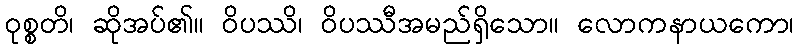
ဝုစ္စတိ၊ ဆိုအပ်၏။ ဝိပဿိ၊ ဝိပဿီအမည်ရှိသော။ လောကနာယကော၊